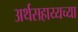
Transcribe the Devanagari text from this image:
अर्थसहाय्यच्या